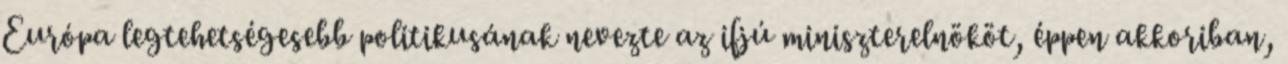
Európa legtehetségesebb politikusának ne­vez­te az ifjú miniszterelnököt, éppen akkoriban,